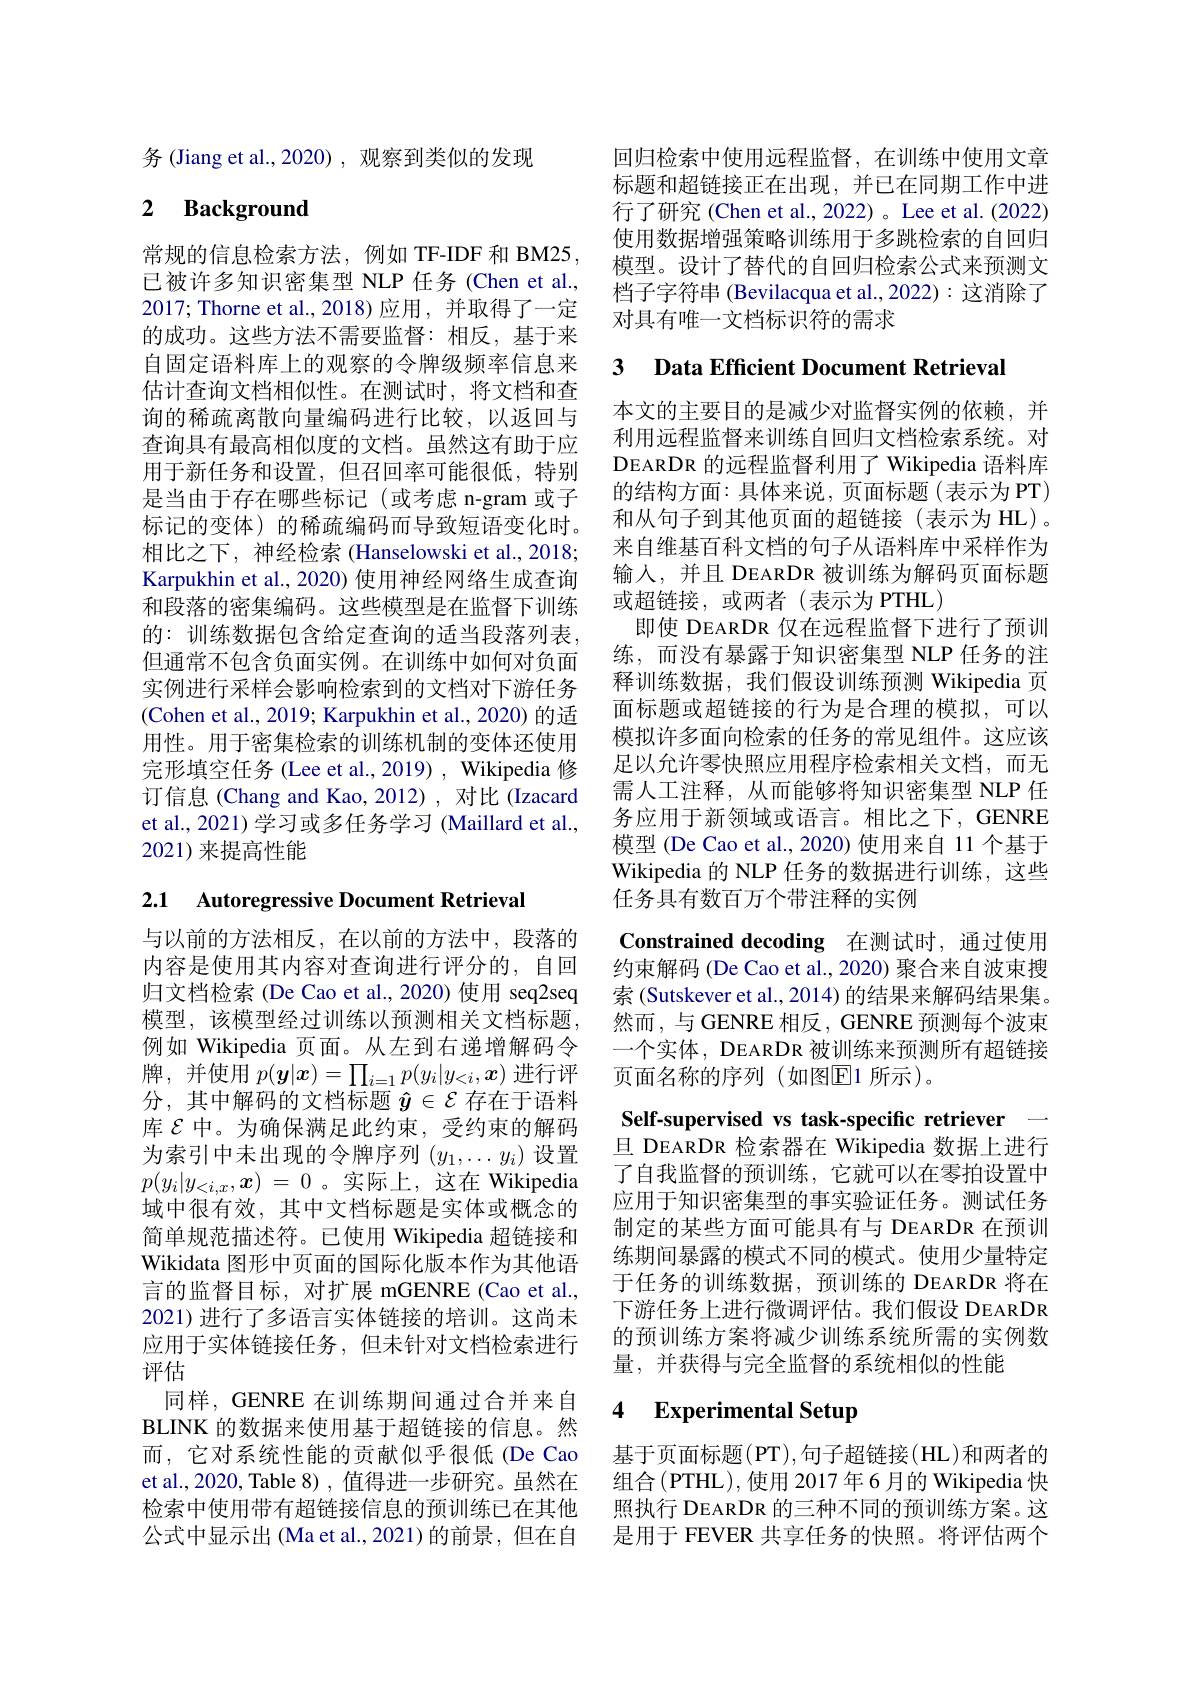
务 (Jiang et al.,2020) , 观察到类似的发现

## 2 $\textbf{Background}$

常规的信息检索方法，例如 TF-IDF 和 BM25 , 已被许多知识密集型 NLP 任务 (Chen et al., 2017;Thorne et al.,2018)应用，并取得了一定的成功。这些方法不需要监督：相反，基于来自固定语料库上的观察的令牌级频率信息来估计查询文档相似性。在测试时，将文档和查询的稀疏离散向量编码进行比较，以返回与查询具有最高相似度的文档。虽然这有助于应用于新任务和设置，但召回率可能很低，特别是当由于存在哪些标记(或考虑 n-gram 或子标记的变体) 的稀疏编码而导致短语变化时。相比之下，神经检索 (Hanselowski et al.,2018; Karpukhin et al., 2020) 使用神经网络生成查询和段落的密集编码。这些模型是在监督下训练的：训练数据包含给定查询的适当段落列表， 但通常不包含负面实例。在训练中如何对负面实例进行采样会影响检索到的文档对下游任务(Cohen et al., 2019; Karpukhin et al., 2020) 的适用性。用于密集检索的训练机制的变体还使用完形填空任务 (Lee et al., 2019) , Wikipedia 修订信息(Chang and Kao,2012),对比(Izacard et al., 2021) 学习或多任务学习 (Maillard et al., 2021)来提高性能

2.1 Autoregressive Document Retrieval

与以前的方法相反，在以前的方法中，段落的内容是使用其内容对查询进行评分的，自回归文档检索 (De Cao et al.,2020) 使用 seq2seq 模型，该模型经过训练以预测相关文档标题， 例如 Wikipedia 页面。从左到右递增解码令牌，并使用$p(\boldsymbol{y}|\boldsymbol{x})=\prod_{i=1}p(y_i|y_{<i},\boldsymbol{x})$进行评分，其中解码的文档标题$\hat{y}\in\mathcal{E}$存在于语料库$\mathcal{E}$中。为确保满足此约束，受约束的解码为索引中未出现的令牌序列$(y_1,\ldots y_i)$设置$p( y_i| y_{< i, x}, x)$ = 0。实际上，这在 Wikipedia 域中很有效，其中文档标题是实体或概念的简单规范描述符。已使用 Wikipedia 超链接和Wikidata 图形中页面的国际化版本作为其他语言的监督目标，对扩展 mGENRE(Cao et al., 2021)进行了多语言实体链接的培训。这尚未应用于实体链接任务，但未针对文档检索进行评估
同样，GENRE 在训练期间通过合并来自BLINK 的数据来使用基于超链接的信息。然而，它对系统性能的贡献似乎很低(De Cao et al., 2020, Table 8) , 值得进一步研究。虽然在检索中使用带有超链接信息的预训练已在其他 照执行 DEARDR 的三种不同的预训练方案。这
公式中显示出(Ma et al.,2021)的前景，但在自

回归检索中使用远程监督，在训练中使用文章标题和超链接正在出现，并已在同期工作中进行了研究 (Chen et al.,2022) 。Lee et al.(2022) 使用数据增强策略训练用于多跳检索的自回归模型。设计了替代的自回归检索公式来预测文档子字符串 (Bevilacqua et al., 2022): 这消除了对具有唯一文档标识符的需求

# 3 Data Efficient Document Retrieval

本文的主要目的是减少对监督实例的依赖，并利用远程监督来训练自回归文档检索系统。对DEARDR 的远程监督利用了 Wikipedia 语料库的结构方面：具体来说，页面标题(表示为PT) 和从句子到其他页面的超链接(表示为 HL)。来自维基百科文档的句子从语料库中采样作为输人，并且 DEARDR 被训练为解码页面标题或超链接，或两者(表示为 PTHL)
即使 DEARDR 仅在远程监督下进行了预训练，而没有暴露于知识密集型 NLP 任务的注释训练数据，我们假设训练预测 Wikipedia 页面标题或超链接的行为是合理的模拟，可以模拟许多面向检索的任务的常见组件。这应该足以允许零快照应用程序检索相关文档，而无需人工注释，从而能够将知识密集型 NLP 任务应用于新领域或语言。相比之下，GENRE 模型 (De Cao et al.,2020) 使用来自 11 个基于Wikipedia 的 NLP 任务的数据进行训练，这些任务具有数百万个带注释的实例

Constrained decoding 在测试时，通过使用约束解码 (De Cao et al., 2020) 聚合来自波束搜索 (Sutskever et al., 2014) 的结果来解码结果集。然而，与 GENRE 相反，GENRE 预测每个波束一个实体，DEARDR 被训练来预测所有超链接页面名称的序列(如图$\mathbb{E}$1 所示)。

Self-supervised vs task-specific retriever 一旦 DEARDR 检索器在 Wikipedia 数据上进行了自我监督的预训练，它就可以在零拍设置中应用于知识密集型的事实验证任务。测试任务制定的某些方面可能具有与 DEARDR 在预训练期间暴露的模式不同的模式。使用少量特定于任务的训练数据，预训练的 DEARDR 将在下游任务上进行微调评估。我们假设 DEARDR 的预训练方案将减少训练系统所需的实例数量，并获得与完全监督的系统相似的性能

### 4 Experimental Setup

基于页面标题(PT),句子超链接(HL)和两者的组合(PTHL),使用 2017年6月的 Wikipedia 快是用于 FEVER 共享任务的快照。将评估两个